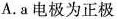
A.a电极为正极